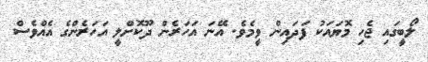
ލޯބީގައި ޖެހި މޮޔައަކު ފަދައިން ވީމެވެ. އޭނަ އަހަރެން ދޫކޮށްލީ އަހަރެންގެ އެއްވެސް